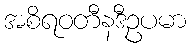
အစိရဝတီနဒီဥပမာ